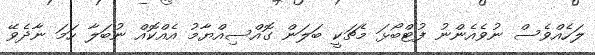
ލަހެއްވެސް ނުވެއެންނު ފުޓްބޯޅަ މެޗަކީ ބަލަން ގޮއްސިއްޔާމު އެއްކޮއް ނުބަލާ ހަމަ ނާދެވޭ